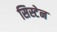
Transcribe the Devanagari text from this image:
सिस्टेन